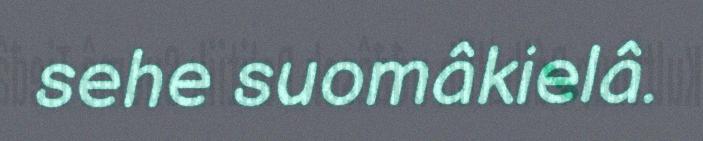
sehe suomâkielâ.